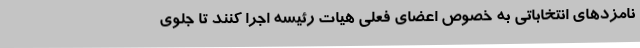
نامزدهای انتخاباتی به خصوص اعضای فعلی هیات رئیسه اجرا کنند تا جلوی